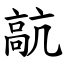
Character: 髚